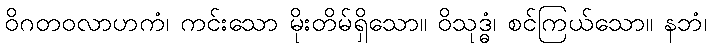
ဝိဂတဝလာဟကံ၊ ကင်းသော မိုးတိမ်ရှိသော။ ဝိသုဒ္ဓံ၊ စင်ကြယ်သော။ နဘံ၊